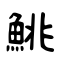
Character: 鮡